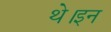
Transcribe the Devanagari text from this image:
थे।इन